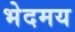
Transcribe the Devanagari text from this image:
भेदमय